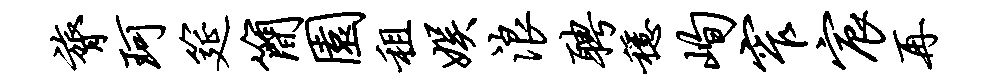
膂珂筵简园租娱浪聘稳峋窄宸再